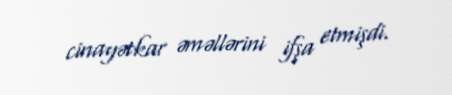
cinayətkar əməllərini ifşa etmişdi.